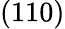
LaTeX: (110)